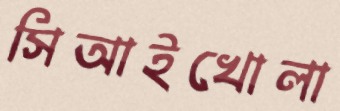
সিআইখোলা